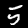
Label: 5